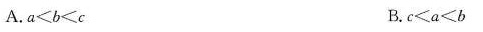
A.$$a < b <c$$ B.$$c < a < b$$